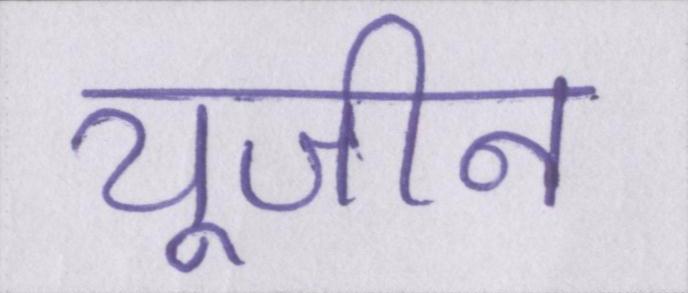
यूजीन